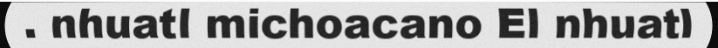
. nhuatl michoacano El nhuatl